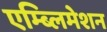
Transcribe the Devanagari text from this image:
एम्ब्लिमेशन